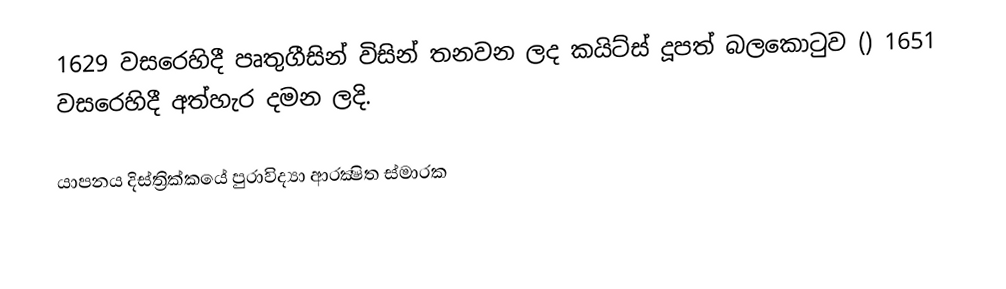
1629 වසරෙහිදී පෘතුගීසින් විසින් තනවන ලද  කයිට්ස් දූපත් බලකොටුව () 1651 වසරෙහිදී අත්හැර දමන ලදි.

යාපනය දිස්ත්‍රික්කයේ පුරාවිද්‍යා ආරක්‍ෂිත ස්මාරක